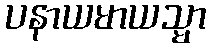
ပနာယမာယသ္မာ